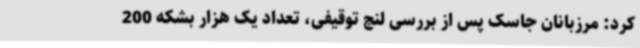
کرد: مرزبانان جاسک پس از بررسی لنج توقیفی، تعداد یک هزار بشکه 200